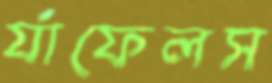
র‍্যাফেলস